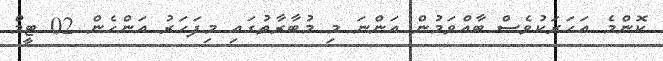
ކޮންމެ އަހަރަކުވެސް ބާއްވަމުން އަންނަ މި މުބާރާތުގައި މިފަހަރު އަންހެން 02 ޓީމް